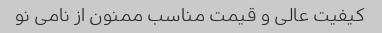
کیفیت عالی و قیمت مناسب ممنون از نامی نو